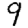
Digit: 9